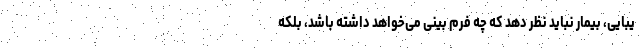
یبایی، بیمار نباید نظر دهد که چه فرم بینی می‌خواهد داشته باشد، بلکه